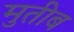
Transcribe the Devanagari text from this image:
मुतीब